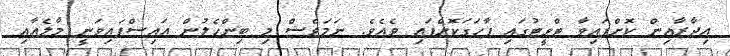
އިދާރާއިން ކޮށްފައިވާ ޓްވީޓުގައި ފާހަގަކޮށްފައި ވެއެވެ. ނަމަވެސް މި ބިންހެލުން އައިސްފައިވަނީ މާލެއާއި